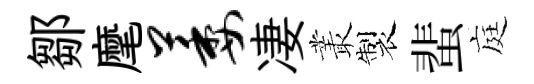
鄒麾萎凄叢製蜚庭